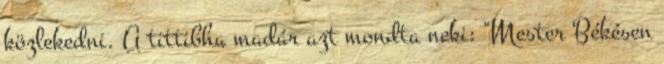
közlekedni. A tittibha madár azt mondta neki: "Mester Békésen